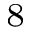
^ { 8 }